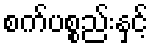
စက်ပစ္စည်းနှင့်